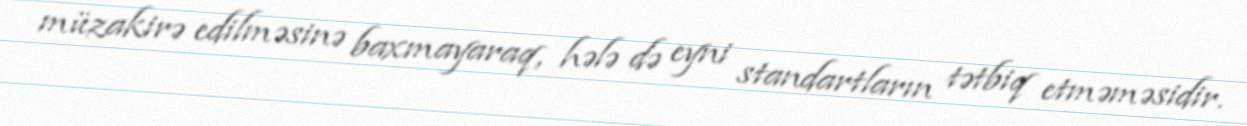
müzakirə edilməsinə baxmayaraq, hələ də eyni standartların tətbiq etməməsidir.